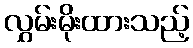
လွှမ်းမိုးထားသည့်